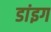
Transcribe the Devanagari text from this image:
डांइग